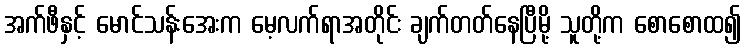
အက်ဖီနှင့် မောင်သန်းအေးက မေ့လက်ရာအတိုင်း ချက်တတ်နေပြီမို့ သူတို့က စောစောထ၍